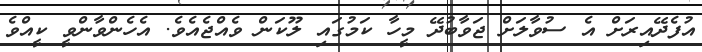
އުފެދޭއިރަށް އެ ސުވާލަށް ޖަވާބުދޭ މީހާ ކަމުގައި ލޫކަން ވެއްޖެއެވެ. އެހެންވާންވީ ކީއްވެ